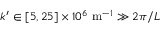
k ^ { \prime } \in [ 5 , 2 5 ] \times 1 0 ^ { 6 } \mathrm { \ m } ^ { - 1 } \gg 2 \pi / L